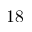
1 8